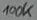
Text: 100K